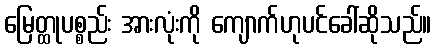
မြေတ္ထုပစ္စည်း အားလုံးကို ကျောက်ဟုပင်ခေါ်ဆိုသည်။